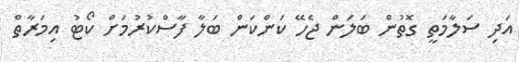
އަދި ސަލާމަތީ ގޮތުން ބަލަން ޖެހޭ ކަންކަން ބަލާ ފާސްކުރުމަށް ކޯޓު އިމަރާތް